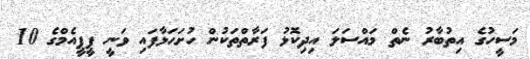
މަސީހުގެ އިތުބާރު ނެތް މައްސަލަ އިދިކޮޅު ފަރާތްތަކުން ހުށަހަޅާފައި ވަނީ ޕީޕީއެމްގެ 10